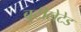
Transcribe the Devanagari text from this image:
बुटीलेटेड